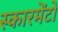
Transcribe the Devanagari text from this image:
स्कारमेंटो